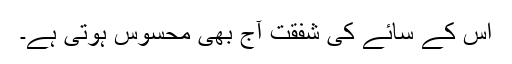
اُس کے سائے کی شفقت آج بھی محسوس ہوتی ہے۔